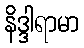
နိဒ္ဒါရာမာ